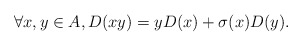
\begin{align*} \forall x, y \in A, D(xy) = yD(x) + \sigma(x)D(y).\end{align*}